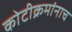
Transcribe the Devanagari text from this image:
कोटीक्रमांनाच